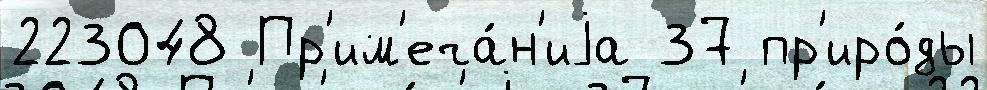
223048 Пр'им'еча́н'иjа 37 пр'иро́ды